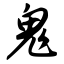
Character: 鬼